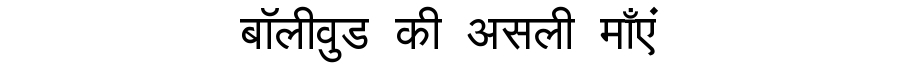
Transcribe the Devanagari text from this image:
बॉलीवुड की असली माँएं